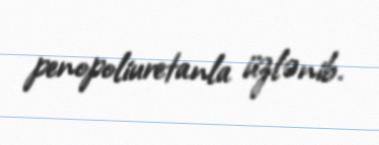
penopoliuretanla üzlənib.